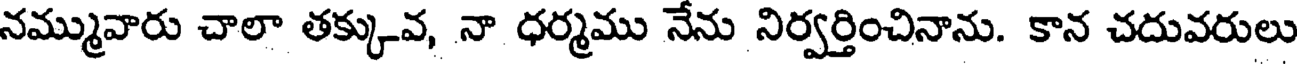
నమ్మువారు చాలా తక్కువ, నా ధర్మము నేను నిర్వర్తించినాను. కాన చదువరులు